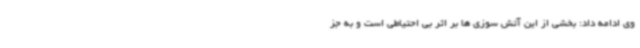
وی ادامه داد: بخشی از این آتش سوزی ها بر اثر بی احتیاطی است و به جز